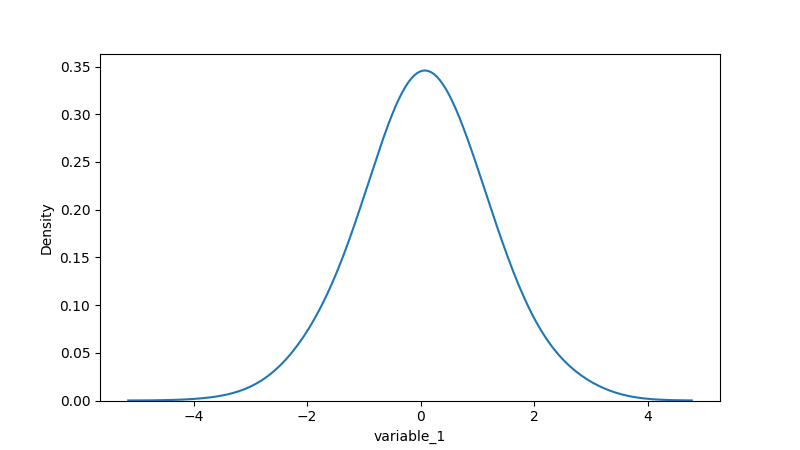
python, seaborn, kdeplot, hue='None', fill=False, bw_adjust=2.0